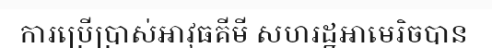
ការប្រើប្រាស់អាវុធគីមី សហរដ្ឋអាមេរិចបាន